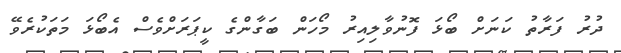
ދުރު ފަރާތު ކަނަށް ބޯޅަ ފޮނުވާލިއިރު މޯހަން ބަގާންގެ ކީޕަރަށްވެސް އެބޯޅަ މަތަކުރެވޭ